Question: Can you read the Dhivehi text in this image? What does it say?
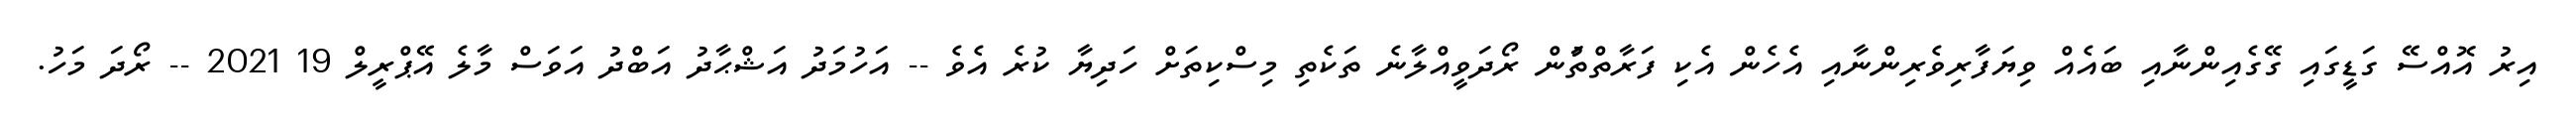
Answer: އިރު އޮއްސޭ ގަޑީގައި ގޭގެއިންނާއި ބައެއް ވިޔަފާރިވެރިންނާއި އެހެން އެކި ފަރާތްތަުން ރޯދަވީއްލާނެ ތަކެތި މިސްކިތަށް ހަދިޔާ ކުރެ އެވެ -- އަހުމަދު އަޝްޙާދު އަބްދު އަވަސް މާލެ އޭޕްރީލް 19 2021 -- ރޯދަ މަހު.